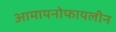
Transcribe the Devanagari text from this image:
आमायनोफायलीन